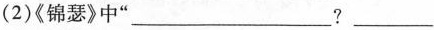
(2)《锦瑟》中”___?___